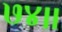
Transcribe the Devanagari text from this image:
७४।।